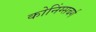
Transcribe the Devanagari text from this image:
कोनिंग्सबर्ग